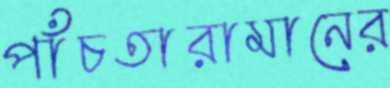
পাঁচতারামানের